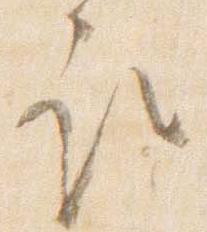
取